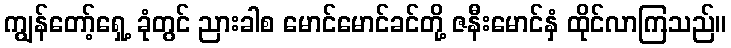
ကျွန်တော့်ရှေ့ ခုံတွင် ညားခါစ မောင်မောင်ခင်တို့ ဇနီးမောင်နှံ ထိုင်လာကြသည်။